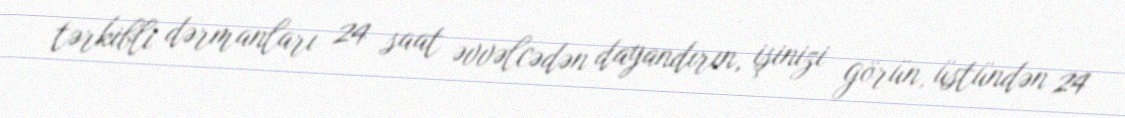
tərkibli dərmanları 24 saat əvvəlcədən dayandırın, işinizi görün, üstündən 24